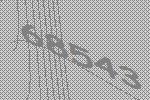
68543